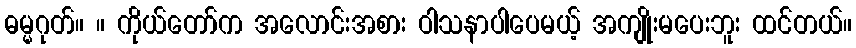
ဓမ္မဂုတ်။ ။ ကိုယ်တော်က အလောင်းအစား ဝါသနာပါပေမယ့် အကျိုးမပေးဘူး ထင်တယ်။